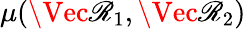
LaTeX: \mu(\Vec{{\mathscr{R}}_{1}},\Vec{{\mathscr{R}}_{2}})